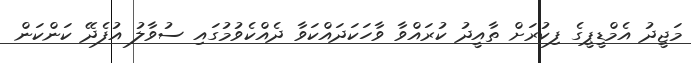
މަޖީދު އެމްޑީޕީގެ ފިކުރަށް ތާއީދު ކުރައްވާ ވާހަކަދައްކަވާ ދެއްކެވުމުގައި ސުވާލު އުފެދޭ ކަންކަން